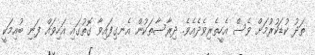
ތަދު ކުޑަކުރުމަށް ވެސް އެހީތެރިވެދެއެވެ. ދިރާސާތަކުން އެނގިފައިވާ ގޮތުގައި އަހިވައް ފަނި ބުއިމަކީ